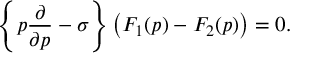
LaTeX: \left\{ p \frac { \partial } { \partial p } - \sigma \right\} \left( F _ { 1 } ( p ) - F _ { 2 } ( p ) \right) = 0 .